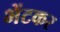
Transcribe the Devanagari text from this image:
भेंटकर